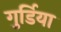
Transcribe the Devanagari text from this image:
गुर्डिया